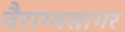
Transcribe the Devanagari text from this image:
वैराग्यसागर